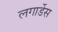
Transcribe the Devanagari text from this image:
लगार्डेस